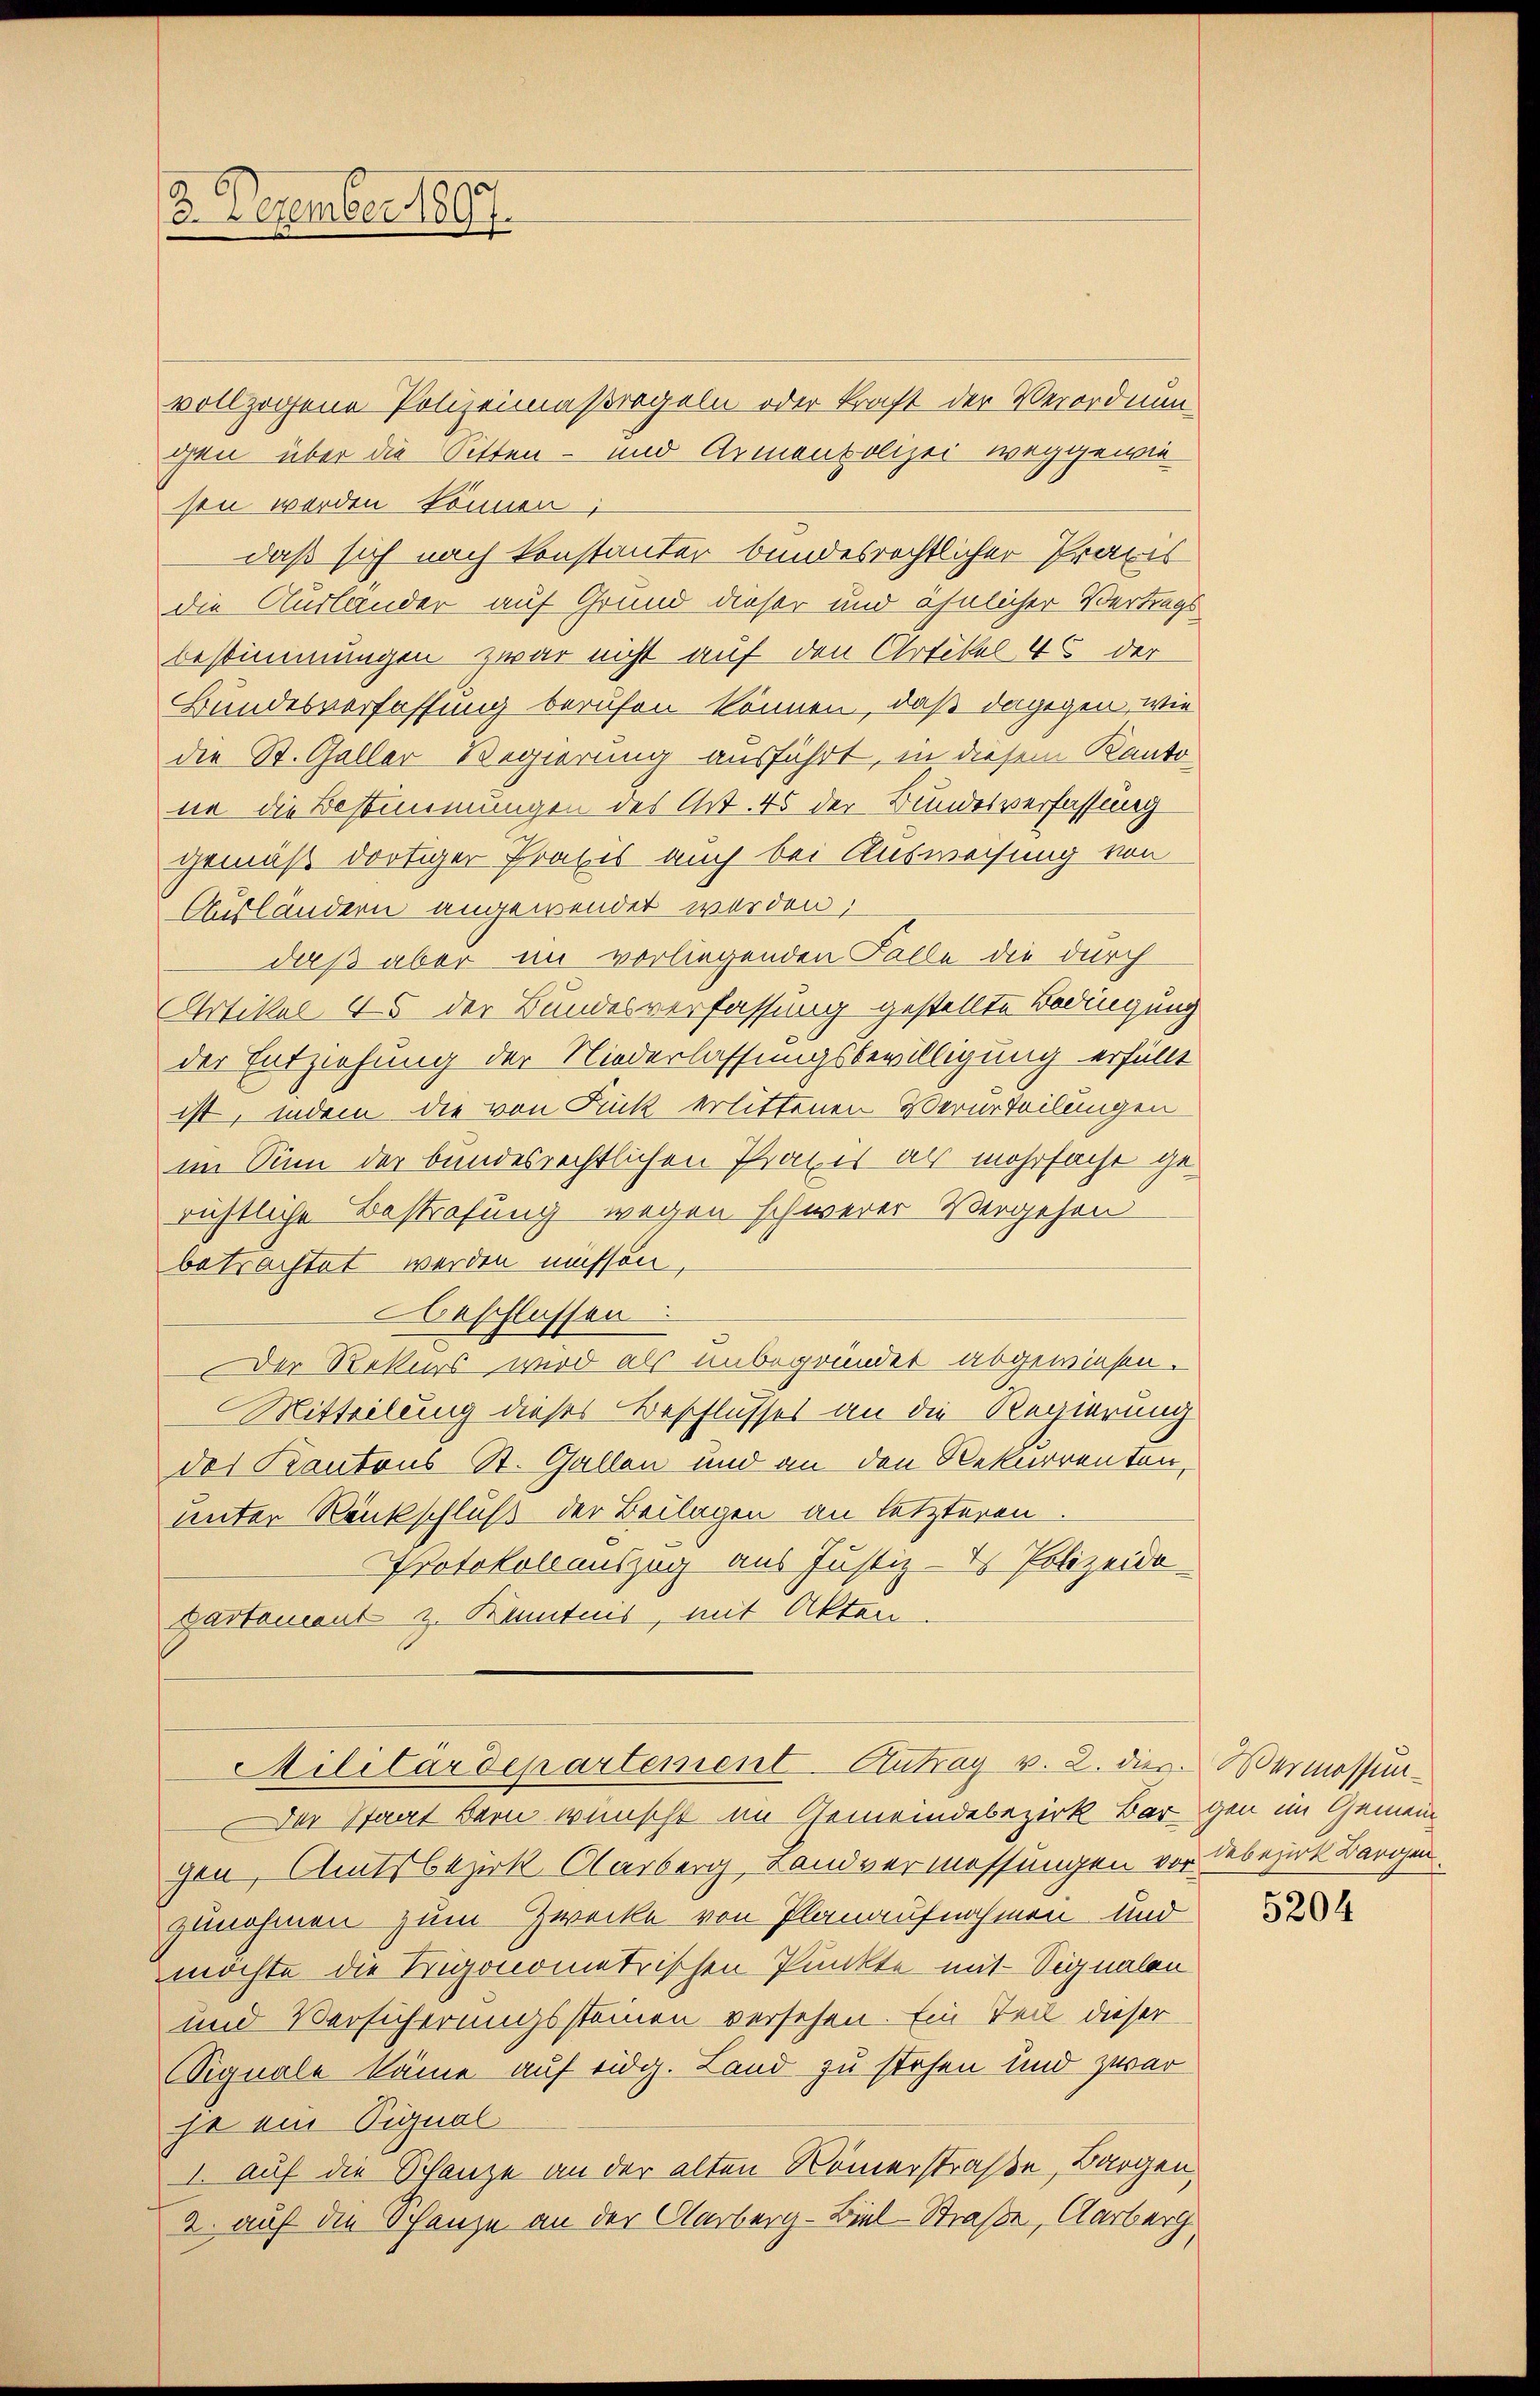
3. Dezember 1897.

vollzogene Polizeimaßregeln oder kraft der Verordnung
gen über die Sitten- und Armenbolizei weggewie
sen werden können;
daß sich nach konstanter bundesrechtlicher Praxis
die Auslander auf Grund dieser und ähnlicher Vertrags
bestimmungen zwar nicht auf den Artikel 46 der
Bundesverfassung berufen können, daß dagegen, wie
die St. Galler Regierung ausführt, in diesem Kantone die Bestimmungen des Art. 45 der Bundesverfassung
gemäß dortiger Praxis auch bei Ausweisung von
Ausländern angewendet worden;
daß aber im vorliegenden Falle die durch
Artikel 45 der Bundesverfassung gestellte Bedingung
der Entziehung der Niederlassungsbewilligung erfüllt
ist, indem die von Fick erlittenen Verurteilungen
im Sinn der bundesrechtlichen Praxis als mehrfacht ge-
richtliche Bestrafung wegen schwerer Vergehen
betrachtet werden müssen,
beschlossen
Der Rekurs wird als unbegründet abgewiesen.
Mitteilung dieses Beschlusses an die Regierung
des Kantons St. Gallen und an den Rekurrenten,
unter Rankschluß der Beilagen an letzteren
Protokollauszug aus Justiz- & Polizeida-
partament z. Kantnis, mit Akten.
Militärdepartement-Antrag v. 2. dies Wermossun¬
Der Staat Bern wünscht im Gemeindebezirk Bargen im Gemeingen, Amtsbezirk Carberg, Landvermessungen vor Sebezirk Bargen
zunehmen zum Zwecke von Planaufnahmen und
möchte die Trigonometrischen Punkte mit Signalen
und Versicherungssteinen versehen. Ein Teil dieser
Signale käme auf eidg. Land zu stehen und zwar
je ein Pignal
I. auf die Schanze an der alten Römerstraße, Bargen
2. auf die Schanze an der Clarberg-Biel-Straße, Aarberg.

5204